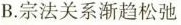
B.宗法关系渐趋松弛